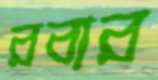
রবার